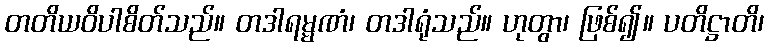
တတိယဝိပါစိတ်သည်။ တဒါရမ္မဏံ၊ တဒါရုံသည်။ ဟုတွာ၊ ဖြစ်၍။ ပတိဋ္ဌာတိ၊